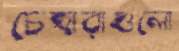
চেহারাগুলো